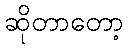
ဆိုတာတော့